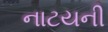
નાટયની